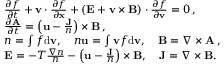
\begin{array} { r l } & { \frac { \partial f } { \partial t } + { \mathbf v } \cdot \frac { \partial f } { \partial \mathbf { x } } + ( { \mathbf E } + { \mathbf v } \times { \mathbf { B } } ) \cdot \frac { \partial f } { \partial { \mathbf v } } = 0 \, , } \\ & { \frac { \partial { \mathbf A } } { \partial t } = \left( \mathbf u - \frac { \mathbf J } { n } \right) \times { \mathbf { B } } \, , } \\ & { n = \int f \mathrm { d } { \mathbf v } , \quad n { \mathbf u } = \int { \mathbf v } f \mathrm { d } { \mathbf v } , \quad \mathbf { B } = \nabla \times { \mathbf A } \, , } \\ & { { \mathbf E } = - T \frac { \nabla n } { n } - \left( \mathbf u - \frac { \mathbf J } { n } \right) \times { \mathbf { B } } , \quad \mathbf J = \nabla \times { \mathbf B } . } \end{array}